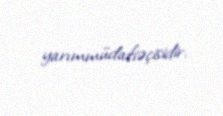
yarımmüdafiəçisidir.